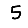
Digit: 5